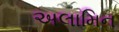
અલામિન